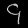
Digit: ၄